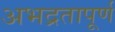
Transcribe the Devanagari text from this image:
अभद्रतापूर्ण